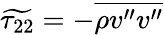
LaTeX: \widetilde{\tau_{22}}=-\overline{{\rho v^{\prime\prime}v^{\prime\prime}}}